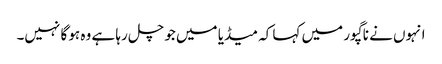
انہوں نے ناگپور میں کہا کہ میڈیا میں جو چل رہا ہے وہ ہو گا نہیں۔